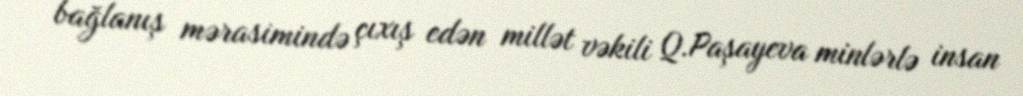
bağlanış mərasimində çıxış edən millət vəkili Q.Paşayeva minlərlə insan